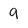
Character: 9